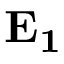
\mathbf { E _ { 1 } }